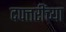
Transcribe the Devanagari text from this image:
दफ्तरींच्या